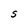
Character: S